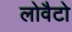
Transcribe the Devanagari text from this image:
लोवैटो